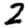
Digit: 2